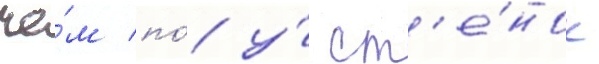
че́м по́ у́ ст'е́нок